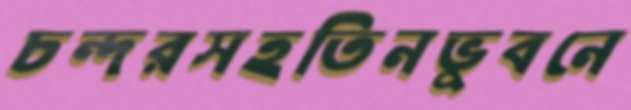
চন্দরসহতিনভুবনে